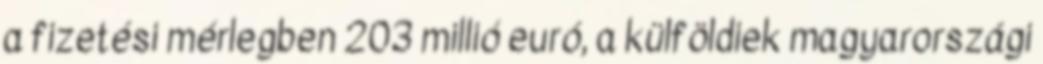
a fizetési mérlegben 203 millió euró, a külföldiek magyarországi